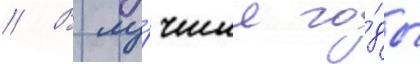
// В лу́чшие го́ды